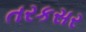
તરકસર